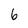
Character: 6